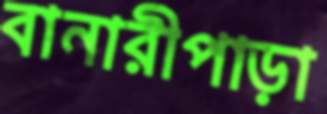
বানারীপাড়া